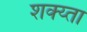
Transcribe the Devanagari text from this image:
शक्य्ता